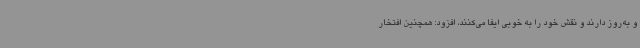
و به‌روز دارند و نقش خود را به خوبی ایفا می‌کنند، افزود: همچنین افتخار